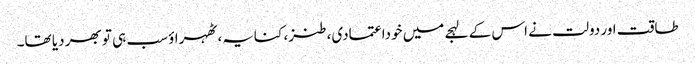
طاقت اور دولت نے اس کے لہجے میں خوداعتمادی، طنز، کنایہ، ٹھہراؤ سب ہی تو بھر دیا تھا۔